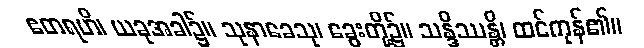
ဧတရဟိ၊ ယခုအခါ၌။ သုနာခေသု၊ ခွေးတို့၌။ သန္ဒိဿန္တိ၊ ထင်ကုန်၏။